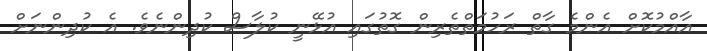
އާއްމުކޮށް އެންމެ ގާތް ރަހުމަތްތެރިން ގޮތުގައި އުޅޭނީ ކުލާސް ކުދިންނެވެ. އެ ކުދިންނަށް